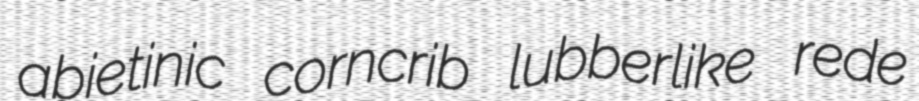
abietinic corncrib lubberlike rede